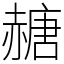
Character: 赯